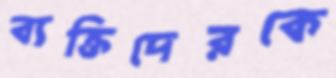
ব্যক্তিদেরকে